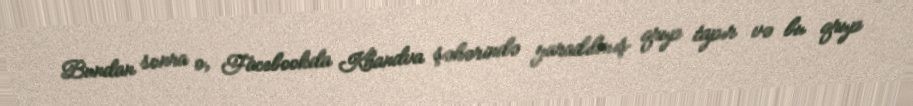
Bundan sonra o, Facebookda Khandva şəhərində yaradılmış qrup tapır və bu qrup